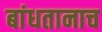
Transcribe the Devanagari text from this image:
बांधतानाच